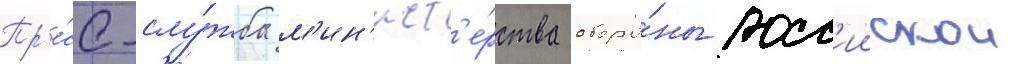
Пр'е́сс-слу́жба м'ин'ист'е́рства оборо́ны росс'иискои